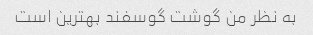
به نظر من گوشت گوسفند بهترین است